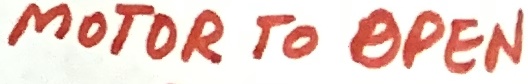
Text: MOTOR TO OPEN